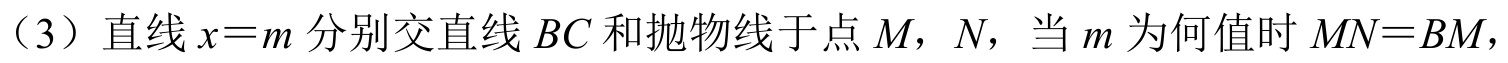
（3）直线\(x = m\)分别交直线\(BC\)和抛物线于点\(M\)，\(N\)，当\(m\)为何值时\(MN = BM\)，